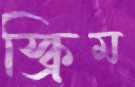
স্ক্রিম